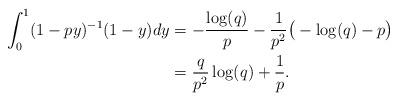
LaTeX: \begin{align*} \int_0^{1} (1-p y)^{-1} (1-y) dy &= - \frac{\log(q)}p - \frac{1}{p^2} \big(-\log(q) - p\big) \\ &= \frac{q}{p^2} \log(q) + \frac{1}{p}.\end{align*}